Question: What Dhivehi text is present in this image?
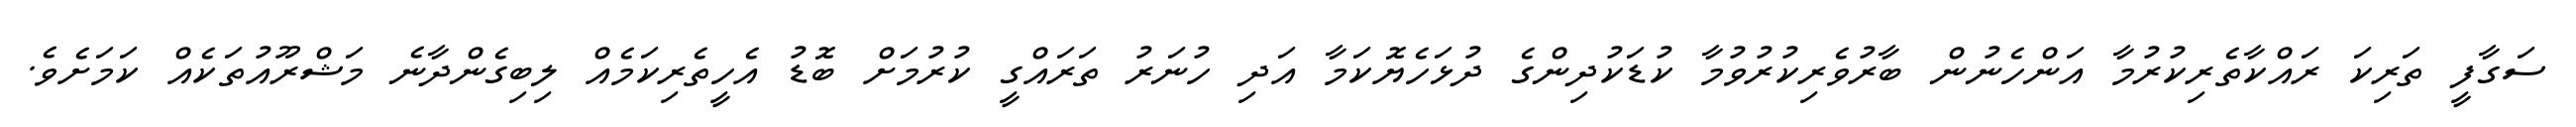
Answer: ސަގާފީ ތަރިކަ ރައްކާތެރިކުރުމާ އަންހެނުން ބާރުވެރިކުރުވުމާ ކުޑަކުދިންގެ ދުޅަހެޔޮކަމާ އަދި ހުނަރު ތަރައްގީ ކުރުމަށް ބޮޑު އެހީތެރިކަމެއް ލިބިގެންދާނެ މަޝްރޫއުތަކެއް ކަމަށެވެ.